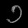
Digit: ၁